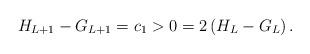
LaTeX: \begin{align*}H_{L+1}-G_{L+1}=c_1>0=2\left( H_{L}-G_{L} \right) .\end{align*}